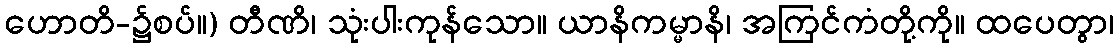
ဟောတိ-၌စပ်။) တီဏိ၊ သုံးပါးကုန်သော။ ယာနိကမ္မာနိ၊ အကြင်ကံတို့ကို။ ထပေတွာ၊